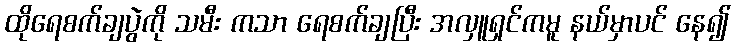
ထိုရေစက်ချပွဲကို သမီး ကသာ ရေစက်ချပြီး အလှူရှင်ကမူ နယ်မှာပင် နေ၍